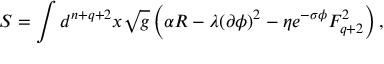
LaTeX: S = \int d ^ { n + q + 2 } x \sqrt { g } \left( \alpha R - \lambda ( \partial \phi ) ^ { 2 } - \eta e ^ { - \sigma \phi } F _ { q + 2 } ^ { 2 } \right) ,